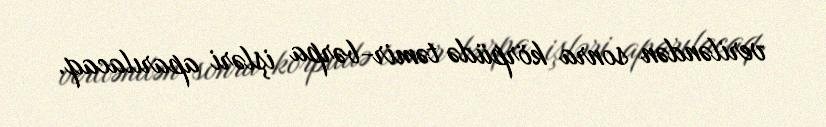
veriləndən sonra körpüdə təmir-bərpa işləri aparılacaq.